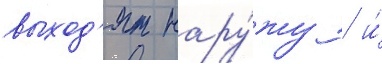
выход'ят нару́жу / и́